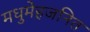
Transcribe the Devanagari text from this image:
मधुमेहजनित